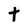
Character: t